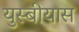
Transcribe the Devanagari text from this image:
युस्बीयास